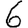
Digit: 6